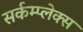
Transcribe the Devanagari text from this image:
सर्कम्प्लेक्स